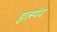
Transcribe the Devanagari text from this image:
हृत्स्पंद